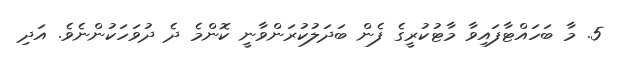
5. މާ ބަހައްޓާފައިވާ މާޓުކުރީގެ ފެން ބަދަލުކުރަންވާނީ ކޮންމެ ދެ ދުވަހަކުންނެވެ. އަދި